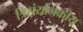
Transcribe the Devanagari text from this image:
त्रिसंयोजकीय